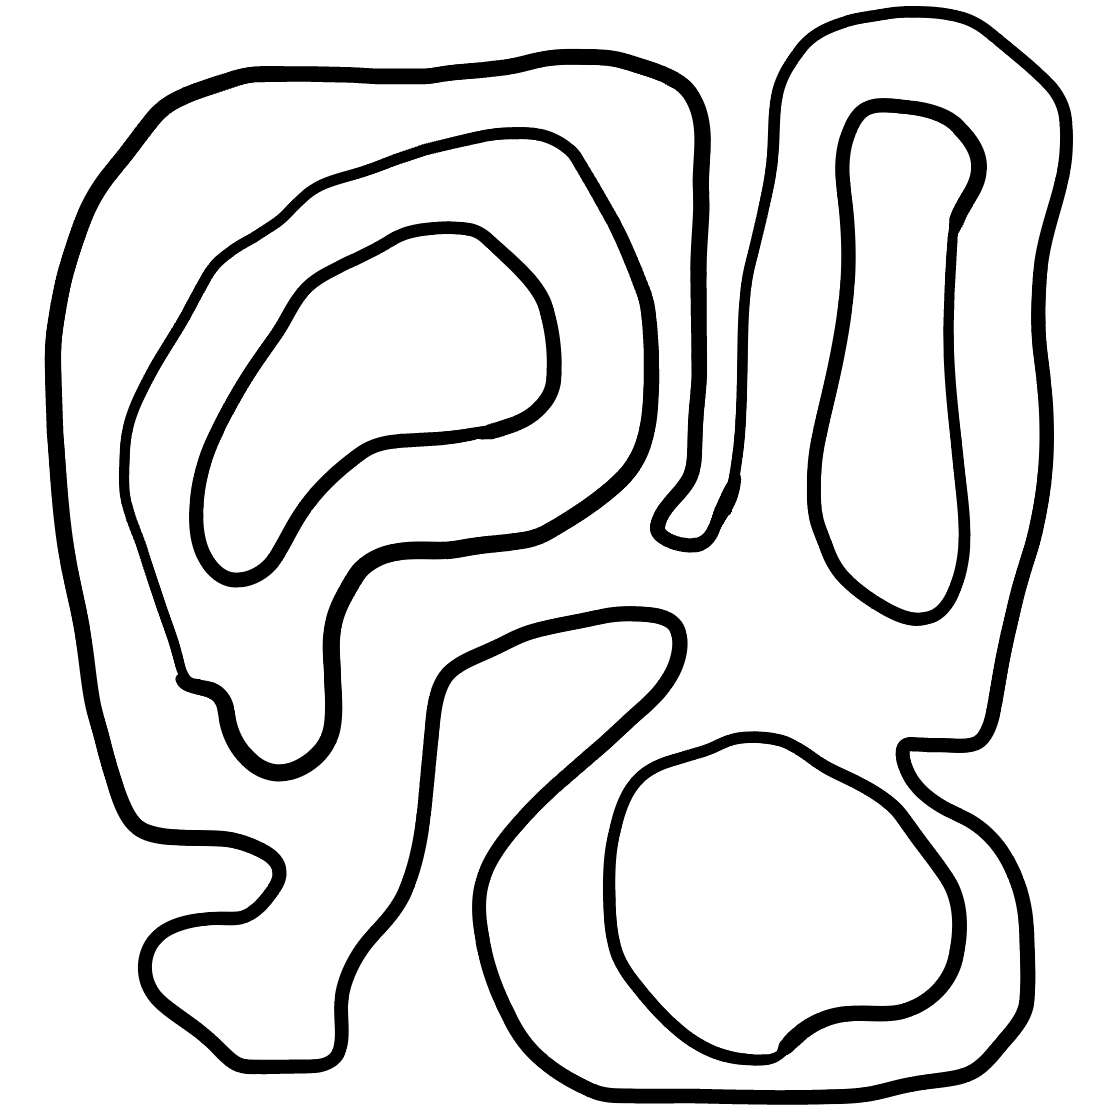
Number of regions (including the outer root region): 6
Containment tree edges (parent, child): 0, 1, 1, 2, 1, 3, 1, 5, 3, 4